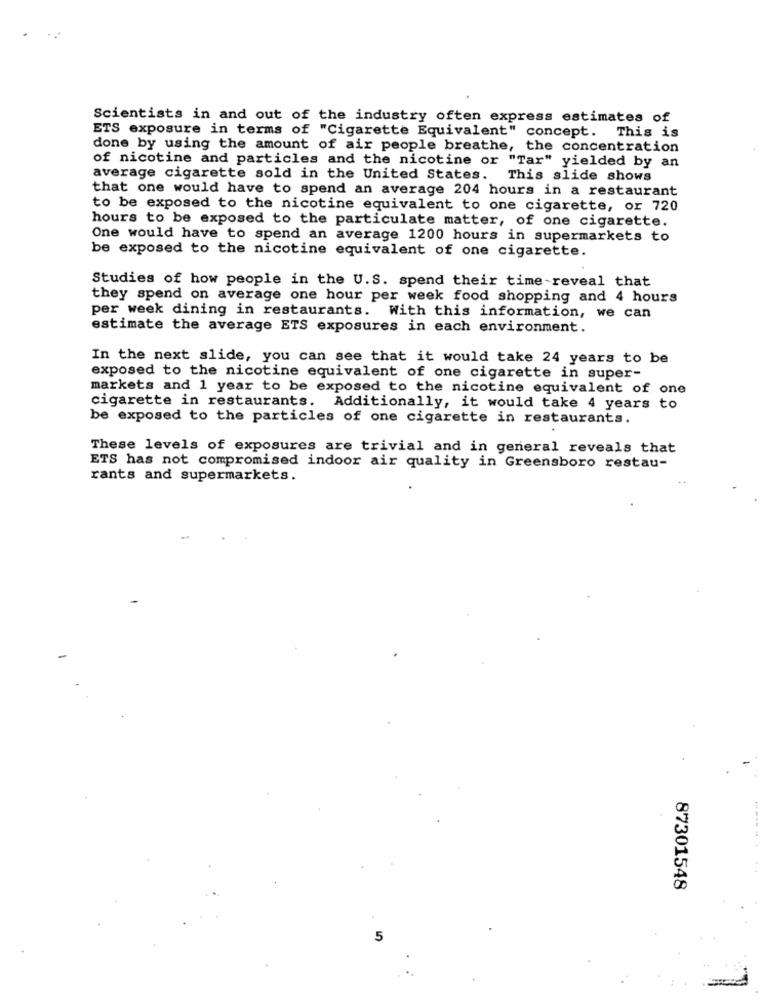
Scientists in and out of the industry often express estimates of
ETS exposure in terms of "Cigarette Equivalent" concept. This is
done by using the amount of air people breathe, the concentration
of nicotine and particles and the nicotine or "Tar" yielded by an
average cigarette sold in the United States. This slide shows
that one would have to spend an average 204 hours in a restaurant
to be exposed to the nicotine equivalent to one cigarette, or 720
hours to be exposed to the particulate matter, of one cigarette.
One would have to spend an average 1200 hours in supermarkets to
be exposed to the nicotine equivalent of one cigarette.
Studies of how people in the U.S. spend their time -reveal that
they spend on average one hour per week food shopping and 4 hours
per week dining in restaurants. With this information, we can
estimate the average ETS exposures in each environment.
In the next slide, you can see that it would take 24 years to be
exposed to the nicotine equivalent of one cigarette in super-
markets and 1 year to be exposed to the nicotine equivalent of one
cigarette in restaurants. Additionally, it would take 4 years to
be exposed to the particles of one cigarette in restaurants.
These levels of exposures are trivial and in general reveals that
ETS has not compromised indoor air quality in Greensboro restau-
rants and supermarkets.
87301548
5